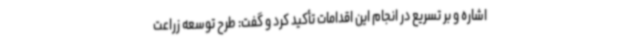
اشاره و بر تسریع در انجام این اقدامات تأکید کرد و گفت: طرح توسعه زراعت